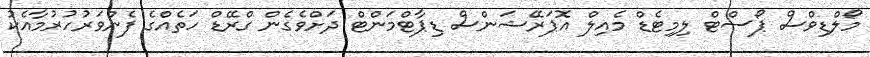
މޯލްޑިވްސް ޕޯސްޓް ލިމިޓެޑް މެއިލް އޮޕަރޭޝަންސް ޑިޕާޓްމަންޓް ދަށްވެގެން ގްރޭޑް ހަތެއްގެ ފެންވަރުހުރުމާއެކު